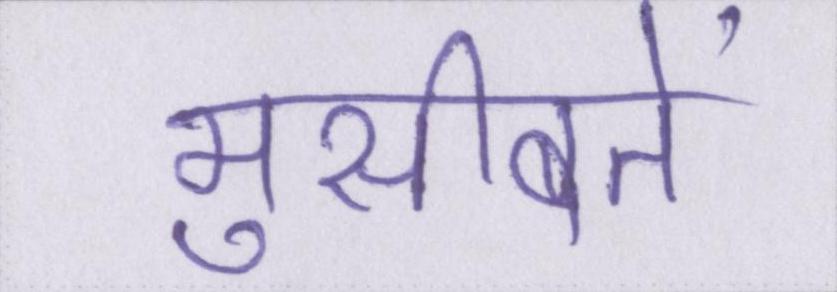
मुसीबतें